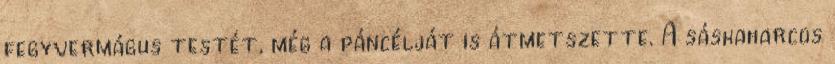
fegyvermágus testét, még a páncélját is átmetszette. A sáskaharcos